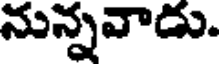
నున్నవాడు.